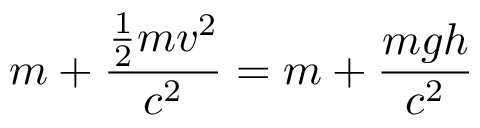
m + { \frac { { \frac { 1 } { 2 } } m v ^ { 2 } } { c ^ { 2 } } } = m + { \frac { m g h } { c ^ { 2 } } }